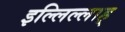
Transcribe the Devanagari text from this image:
इल्लिल्लाह्